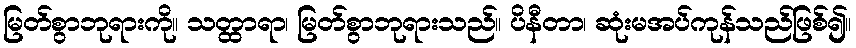
မြတ်စွာဘုရားကို။ သတ္ထာရာ၊ မြတ်စွာဘုရားသည်။ ပိနီတာ၊ ဆုံးမအပ်ကုန်သည်ဖြစ်၍။